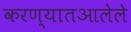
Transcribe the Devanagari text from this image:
करण्यातआलेले